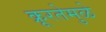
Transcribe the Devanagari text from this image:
क्रूरतेमुळे